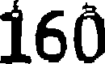
160